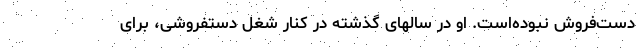
دست‌فروش‌ نبوده‌است. او در سالهای گذشته در کنار‌ شغل دستفروشی‌، برای